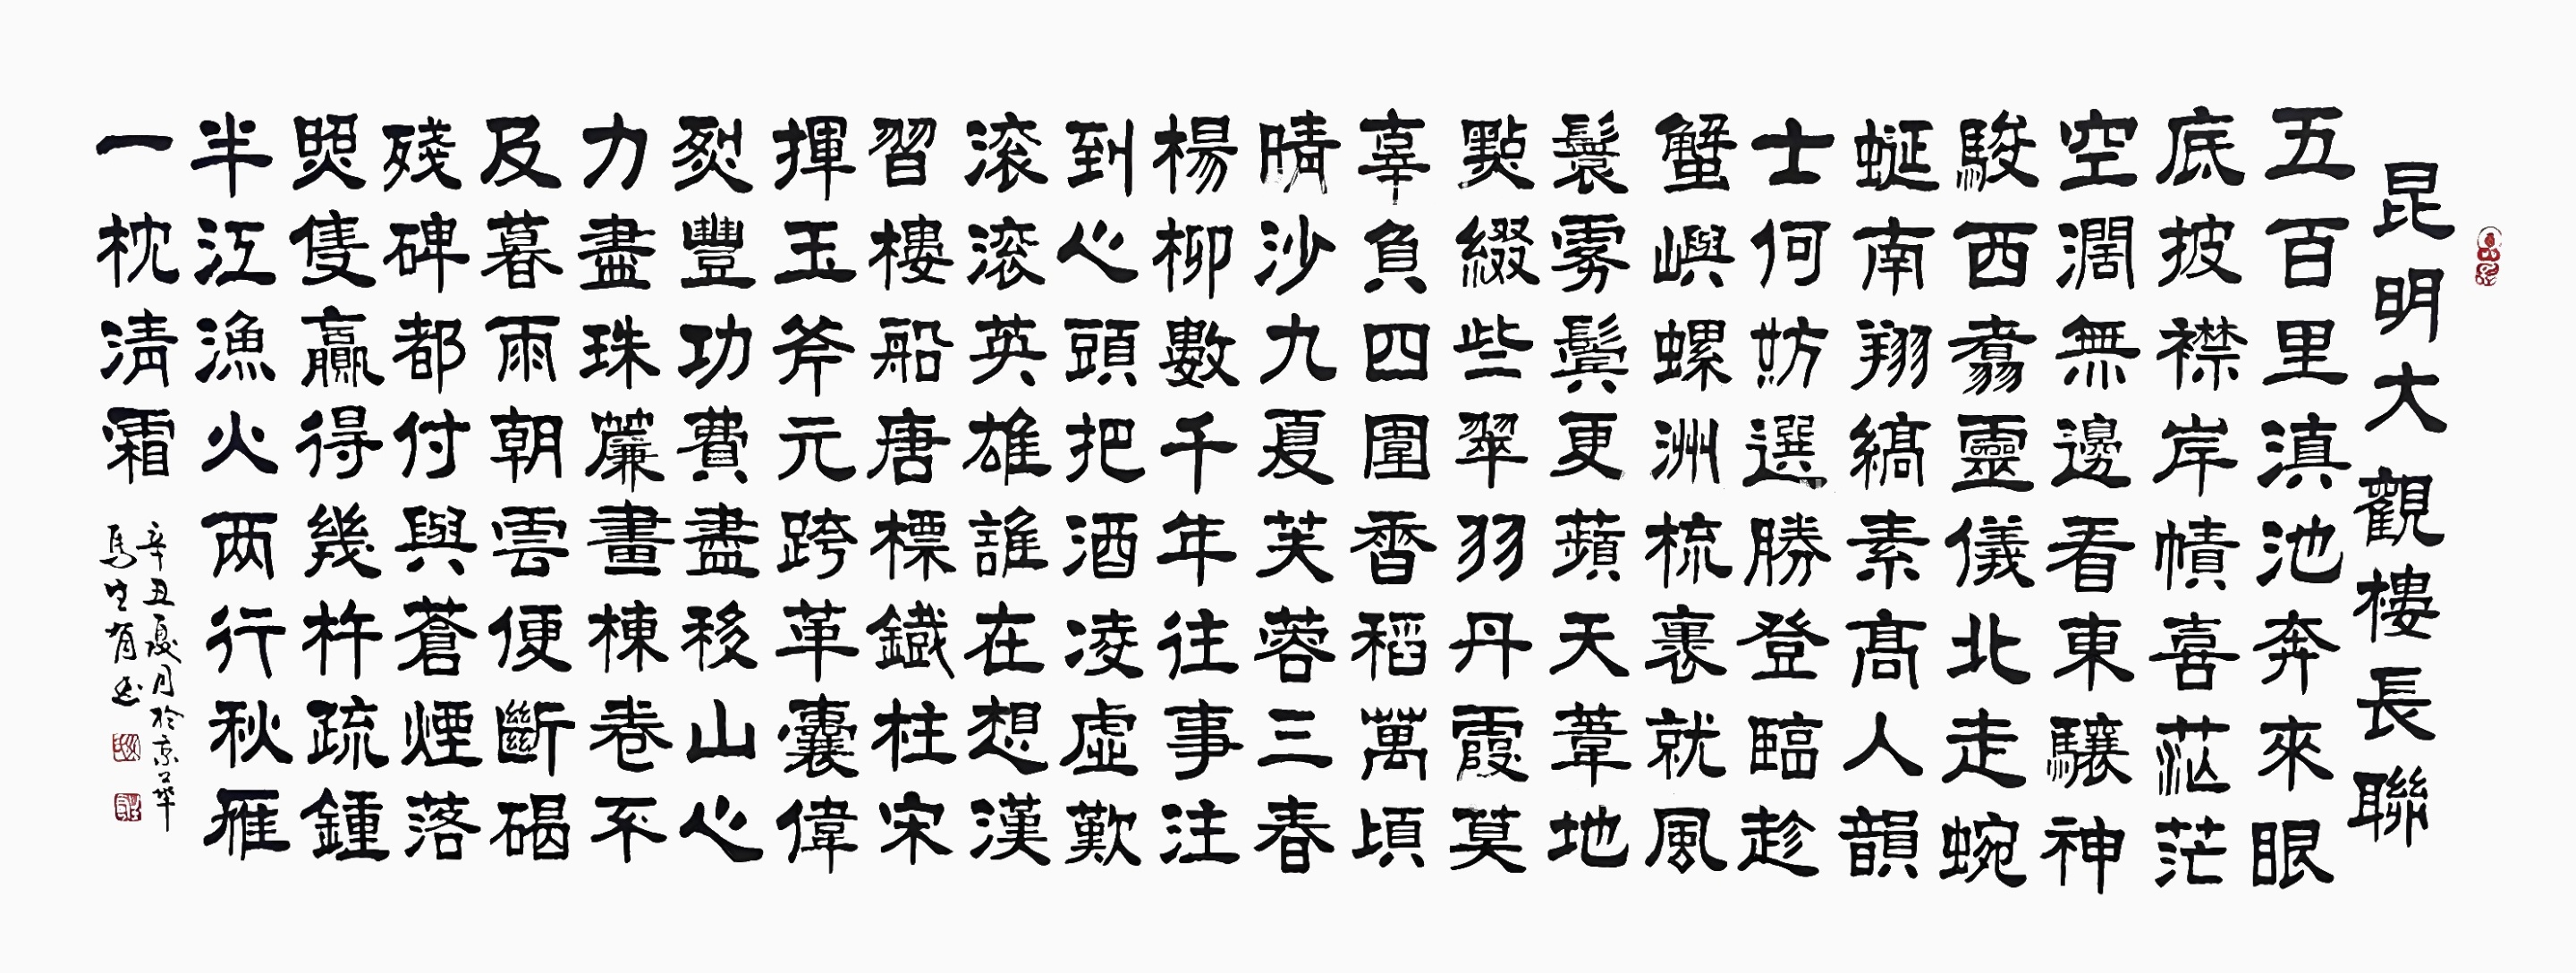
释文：上联：五百里滇池，奔来眼底。披襟岸帻，喜茫茫空阔无边。看东骧神骏，西翥灵仪，北走蜿蜒，南翔缟素。高人韵士，何妨选胜登临。趁蟹屿螺洲，梳裹就风鬟雾鬓。更苹天苇地，点缀些翠羽丹霞。莫孤负四围香稻，万顷晴沙，九夏芙蓉，三春杨柳。
下联：数千年往事，注到心头。把酒凌虚，叹滚滚英雄谁在。想汉习楼船，唐标铁柱，宋挥玉斧，元跨革囊。伟烈丰功，费尽移山心力。尽珠帘画栋，卷不及暮雨朝云。便断碣残碑，都付与苍烟落照。只赢得几杵疏钟，半江渔火，两行秋雁，一枕清霜。昆明大观楼长联马生有